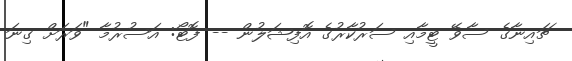
ޗައިނާގެ ސާވޭ ޓީމާއި ސަރުކާރުގެ އޮފިޝަލުން -- ފޮޓޯ: އަސުރުމާ "ވަރަށް ގިނަ